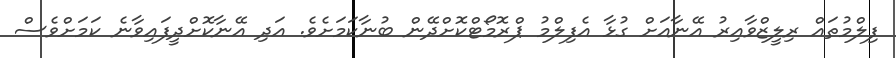
ފިލްމުތައް ރިލީޒްވާއިރު އޭނާއަށް ގުޅާ އެފިލްމު ޕްރޮމޯޓްކޮށްދޭން ބުނާކަމަށެވެ. އަދި އޭނާކޮށްދީފައިވާނެ ކަމަށްވެސް